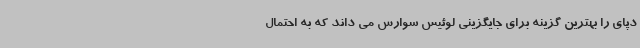
دپای را بهترین گزینه برای جایگزینی لوئیس سوارس می داند که به احتمال